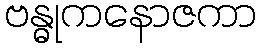
ဗန္ဓုကနောဇကာ